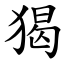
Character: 猲